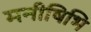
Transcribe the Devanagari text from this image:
मनीषिभि